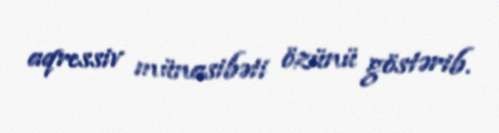
aqressiv münasibəti özünü göstərib.